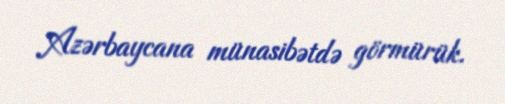
Azərbaycana münasibətdə görmürük.